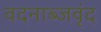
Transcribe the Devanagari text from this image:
वदनाब्जवृंद